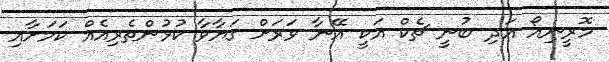
މޮރީނިއޯ އަދި ބުނީ ޗެކް އަކީ އޭނާ ވަރަށް ގަޔާވާ ކުޅުންތެރިއެއް ކަމަށާއި